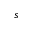
s